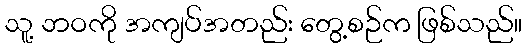
သူ့ ဘဝကို အကျပ်အတည်း တွေ့စဉ်က ဖြစ်သည်။